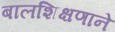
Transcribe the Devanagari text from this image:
बालशिक्षणाने